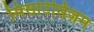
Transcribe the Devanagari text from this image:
मिसटिसिज़म